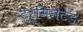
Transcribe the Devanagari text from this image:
टर्मिनेटेड